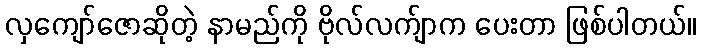
လှကျော်ဇောဆိုတဲ့ နာမည်ကို ဗိုလ်လက်ျာက ပေးတာ ဖြစ်ပါတယ်။